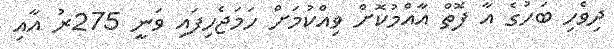
ދިވެހި ބަހުގެ އާ ފޮތް އާއްމުކޮށް ވިއްކުމަށް ހަމަޖެހިފައި ވަނީ 275ރު އާއި